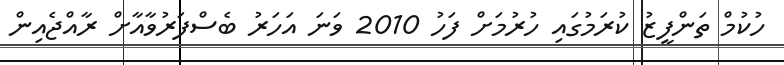
ހުކުމް ތަންފީޒު ކުރަމުގައި ހުރުމަށް ފަހު 2010 ވަނަ އަހަރު ބެސްފަރުވާއާށް ރާއްޖެެއިން